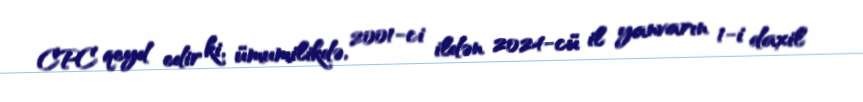
CPC qeyd edir ki, ümumilikdə, 2001-ci ildən 2024-cü il yanvarın 1-i daxil